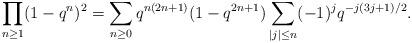
LaTeX: \begin{align*}\prod_{n\ge1}(1-q^n)^2=\sum_{n\ge0}q^{n(2n+1)}(1-q^{2n+1})\sum_{|j|\le n}(-1)^jq^{-j(3j+1)/2}.\end{align*}